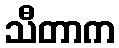
သီတာက